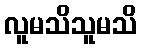
လူမသိသူမသိ